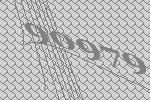
90979